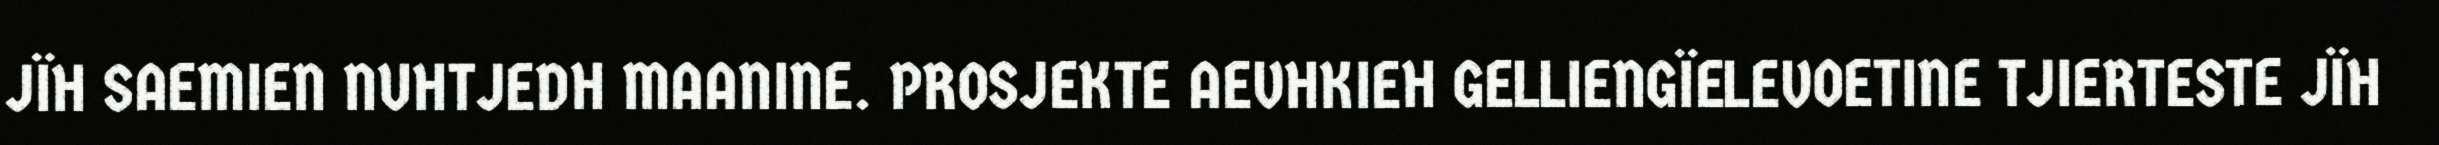
JÏH SAEMIEN NUHTJEDH MAANINE. PROSJEKTE AEVHKIEH GELLIENGÏELEVOETINE TJIERTESTE JÏH